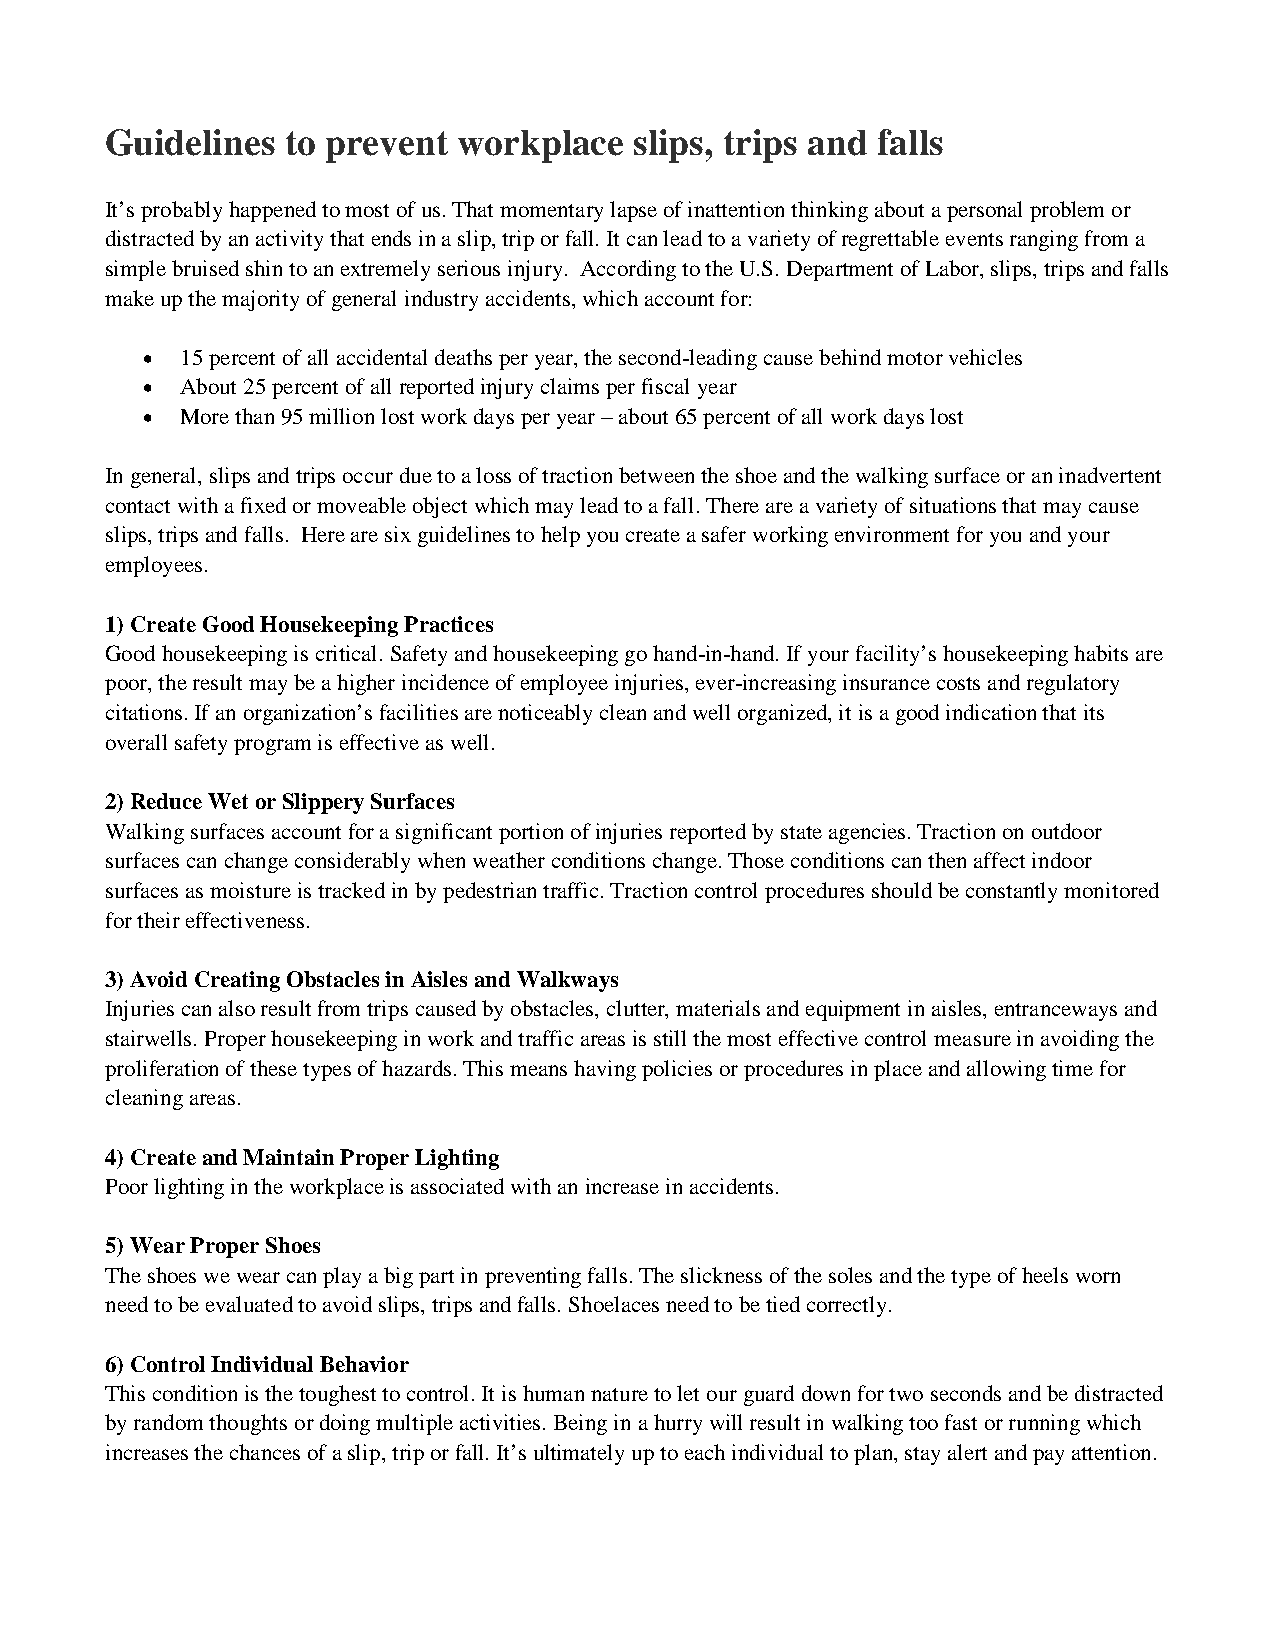
Guidelines  to prevent workplace   slips, trips and falls
 It’s probably happened to most of us. That momentary lapse of inattention thinking about a personal problem or
 distracted by an activity that ends in a slip, trip or fall. It can lead to a variety of regrettable events ranging from a
 simple bruised shin to an extremely serious injury. According to the U.S. Department of Labor, slips, trips and falls
 make up the majority of general industry accidents, which account for:
 •  15 percent of all accidental deaths per year, the second-leading cause behind motor vehicles
 •  About 25 percent of all reported injury claims per fiscal year
 •  More than 95 million lost work days per year – about 65 percent of all work days lost
 In general, slips and trips occur due to a loss of traction between the shoe and the walking surface or an inadvertent
 contact with a fixed or moveable object which may lead to a fall. There are a variety of situations that may cause
 slips, trips and falls. Here are six guidelines to help you create a safer working environment for you and your
 employees.
 1) Create Good Housekeeping Practices
 Good housekeeping is critical. Safety and housekeeping go hand-in-hand. If your facility’s housekeeping habits are
 poor, the result may be a higher incidence of employee injuries, ever-increasing insurance costs and regulatory
 citations. If an organization’s facilities are noticeably clean and well organized, it is a good indication that its
 overall safety program is effective as well.
 2) Reduce Wet or Slippery Surfaces
 Walking surfaces account for a significant portion of injuries reported by state agencies. Traction on outdoor
 surfaces can change considerably when weather conditions change. Those conditions can then affect indoor
 surfaces as moisture is tracked in by pedestrian traffic. Traction control procedures should be constantly monitored
 for their effectiveness.
 3) Avoid Creating Obstacles in Aisles and Walkways
 Injuries can also result from trips caused by obstacles, clutter, materials and equipment in aisles, entranceways and
 stairwells. Proper housekeeping in work and traffic areas is still the most effective control measure in avoiding the
 proliferation of these types of hazards. This means having policies or procedures in place and allowing time for
 cleaning areas.
 4) Create and Maintain Proper Lighting
 Poor lighting in the workplace is associated with an increase in accidents.
 5) Wear Proper Shoes
 The shoes we wear can play a big part in preventing falls. The slickness of the soles and the type of heels worn
 need to be evaluated to avoid slips, trips and falls. Shoelaces need to be tied correctly.
 6) Control Individual Behavior
 This condition is the toughest to control. It is human nature to let our guard down for two seconds and be distracted
 by random thoughts or doing multiple activities. Being in a hurry will result in walking too fast or running which
 increases the chances of a slip, trip or fall. It’s ultimately up to each individual to plan, stay alert and pay attention.